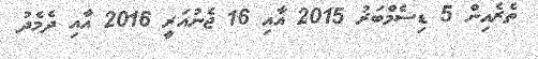
ތެރެއިން 5 ޑިސެމްބަރު 2015 އާއި 16 ޖެނުއަރީ 2016 އާއި ދެމެދު